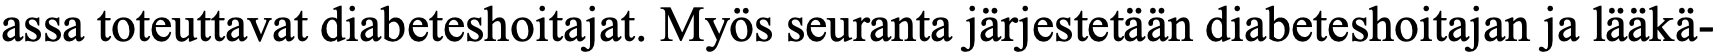
assa toteuttavat diabeteshoitajat. Myös seuranta järjestetään diabeteshoitajan ja lääkä-